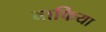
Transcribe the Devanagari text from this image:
वाफिया